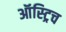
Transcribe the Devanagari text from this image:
ऑस्ट्रिच